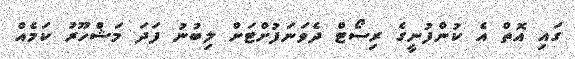
ގައި އޮތް އެ ކުންފުނީގެ ރިސޯޓް ދެވަނަފުށްޓަށް ލިބުނު ފަދަ މަޝްހޫރު ކަމެއް